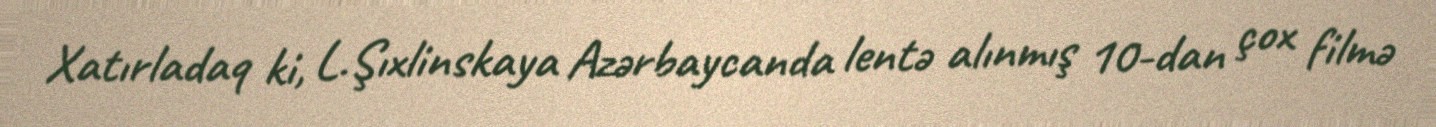
Xatırladaq ki, L.Şıxlinskaya Azərbaycanda lentə alınmış 10-dan çox filmə